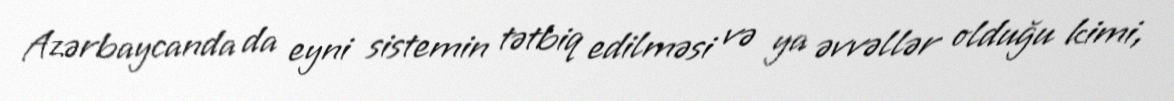
Azərbaycanda da eyni sistemin tətbiq edilməsi və ya əvvəllər olduğu kimi,